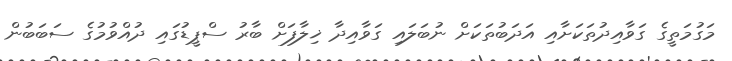
މަގުމަތީގެ ގަވާއިދުތަކަށާއި އަދަބުތަކަށް ނުބަލައި ގަވާއިދާ ޚިލާފަށް ބާރު ސްޕީޑުގައި ދުއްވުމުގެ ސަބަބުން